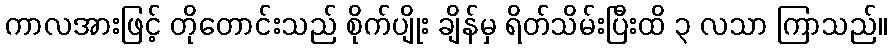
ကာလအားဖြင့် တိုတောင်းသည် စိုက်ပျိုး ချိန်မှ ရိတ်သိမ်းပြီးထိ ၃ လသာ ကြာသည်။